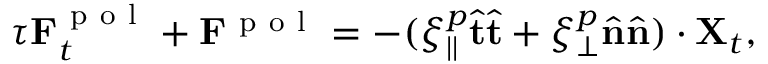
\tau \mathbf { F } _ { t } ^ { \mathrm { ~ p ~ o ~ l ~ } } + \mathbf { F } ^ { \mathrm { ~ p ~ o ~ l ~ } } = - ( \xi _ { | | } ^ { p } \hat { { \bf { t } } } \hat { { \bf { t } } } + \xi _ { \perp } ^ { p } \hat { { \bf { n } } } \hat { { \bf { n } } } ) \cdot { \bf { X } } _ { t } ,